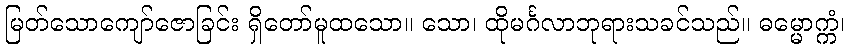
မြတ်သောကျော်ဇောခြင်း ရှိတော်မူထသော။ သော၊ ထိုမင်္ဂလာဘုရားသခင်သည်။ ဓမ္မောက္ကံ၊